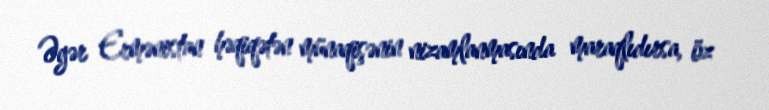
Əgər Ermənistan həqiqətən münaqişənin nizamlanmasında maraqlıdırsa, öz